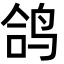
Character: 鸽